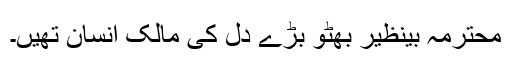
محترمہ بینظیر بھٹو بڑے دل کی مالک انسان تھیں۔